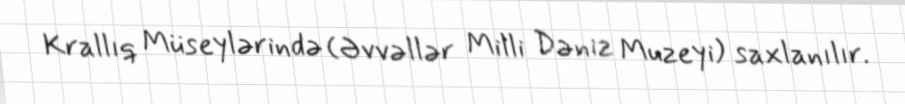
Krallıq Müseylərində (Əvvəllər Milli Dəniz Muzeyi) saxlanılır.